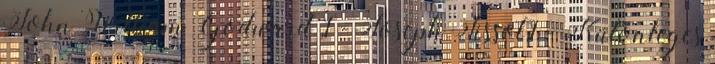
John William Godward ,1 - Joseph Tissot,1 - Különleges